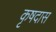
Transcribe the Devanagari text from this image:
कृषदास